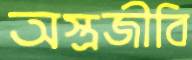
অস্ত্রজীবি